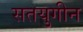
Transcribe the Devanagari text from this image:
सतयुगीन